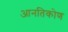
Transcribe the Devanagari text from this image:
आनतिकोण